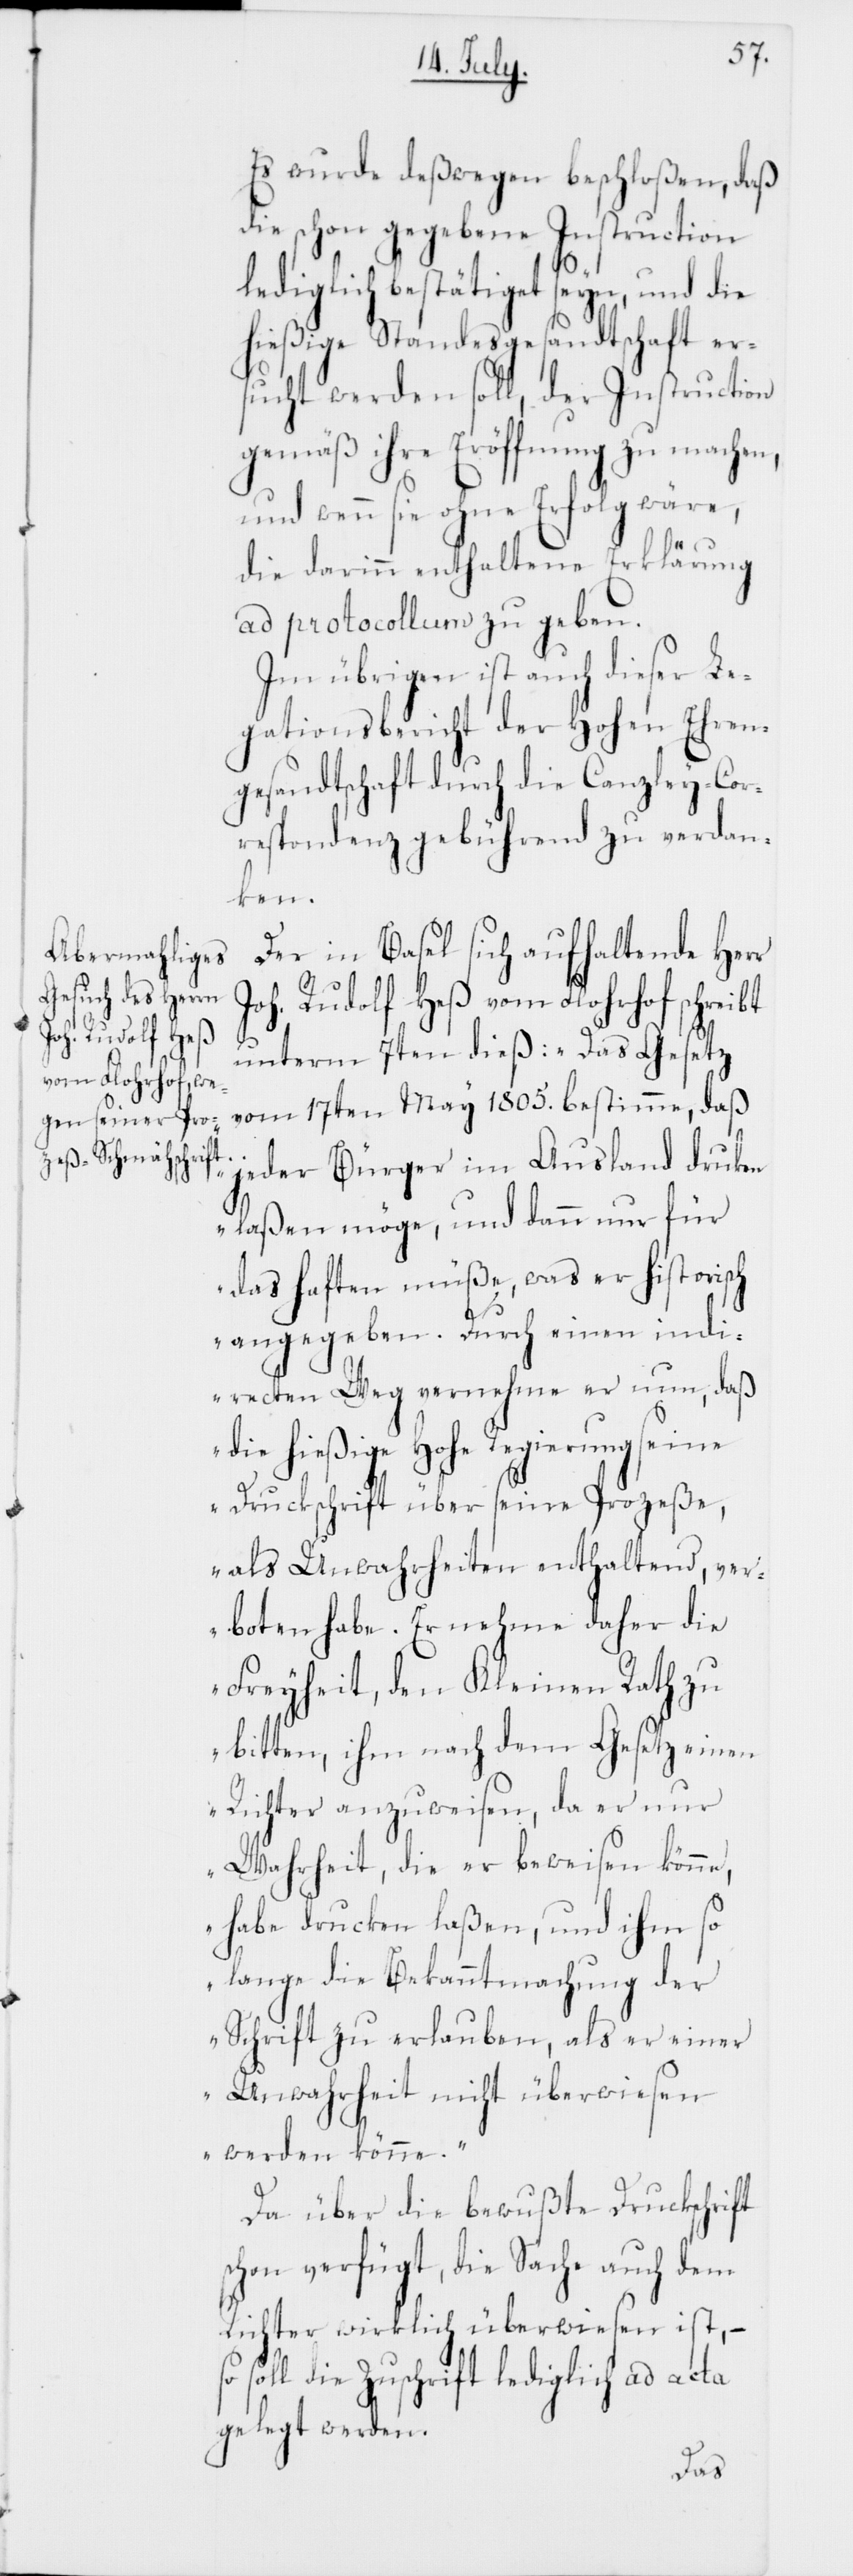
Es wurde deßwegen beschloßen, daß
die schon gegebene Instruction
lediglich bestätiget seyn, und die
hießige Standesgesandtschaft er¬
sucht werden soll, der Instruction
gemäß ihre Eröffnung zu machen,
und wenn sie ohne Erfolg wäre,
die darinn enthaltene Erklärung
ad protocollum zu geben.
Im übrigen ist auch dieser Le¬
gationsbericht der Hohen Ehren¬
gesandtschaft durch die Canzley-Cor¬
respondenz gebührend zu verdan¬
ken.
Der in Basel sich aufhaltende Herr
Joh. Rudolf Heß vom Florhof schreibt
unterm 7ten dieß: „Das Gesetz
vom 17ten May 1805. bestimme, daß
jeder Bürger im Ausland drucken
laßen möge, und dann nur für
das haften müße, was er historisch
angegeben. Durch einen indi¬
recten Weg vernehme er nun, daß
die hießige Hohe Regierung seine
Druckschrift über seine Prozeße,
als Unwahrheiten enthaltend, ver¬
boten habe. Er nehme daher die
Freyheit, den Kleinen Rath zu
bitten, ihm nach dem Gesetz einen
Richter anzuweisen, da er nur
Wahrheit, die er beweisen könne,
habe drucken laßen, und ihm so
lange die Bekanntmachung der
Schrift zu erlauben, als er einer
Unwahrheit nicht überwiesen
werden könne.“
Da über die bewußte Druckschrift
schon verfügt, die Sache auch dem
Richter wirklich überwiesen ist, –
soll die Zuschrift lediglich ad acta
gelegt werden.